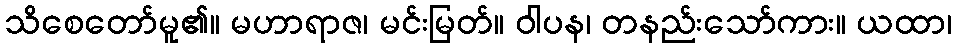
သိစေတော်မူ၏။ မဟာရာဇ၊ မင်းမြတ်။ ဝါပန၊ တနည်းသော်ကား။ ယထာ၊